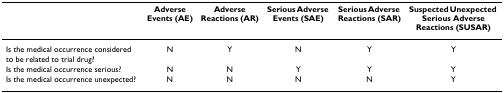
<table><thead><tr><td></td><td><b>Adverse Events (AE)</b></td><td><b>Adverse Reactions (AR)</b></td><td><b>Serious Adverse Events (SAE)</b></td><td><b>Serious Adverse Reactions (SAR)</b></td><td><b>Suspected Unexpected Serious Adverse Reactions (SUSAR)</b></td></tr></thead><tbody><tr><td>Is the medical occurrence considered to be related to trial drug?</td><td>N</td><td>Y</td><td>N</td><td>Y</td><td>Y</td></tr><tr><td>Is the medical occurrence serious?</td><td>N</td><td>N</td><td>Y</td><td>Y</td><td>Y</td></tr><tr><td>Is the medical occurrence unexpected?</td><td>N</td><td>N</td><td>N</td><td>N</td><td>Y</td></tr></tbody></table>